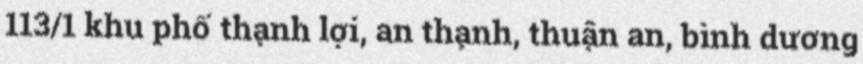
113/1 khu phố thạnh lợi, an thạnh, thuận an, bình dương